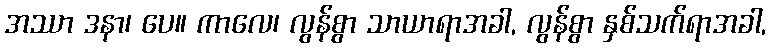
အဿာ ဒနာ၊ ပေ။ ကာလေ၊ လွန်စွာ သာယာရာအခါ, လွန်စွာ နှစ်သက်ရာအခါ,